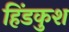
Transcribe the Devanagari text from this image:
हिंडकुश